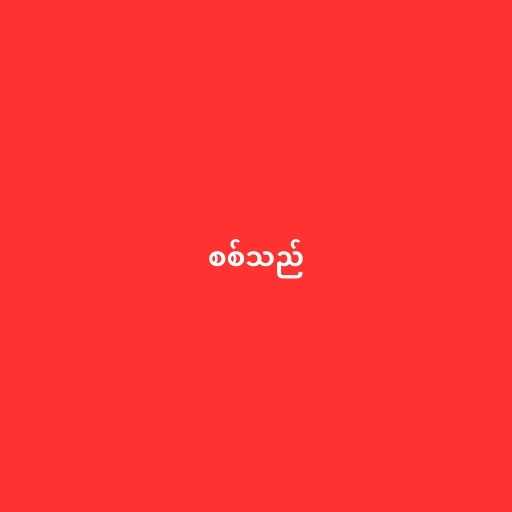
စစ်သည်